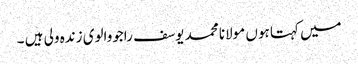
میں کہتا ہوں مولانا محمد یوسف راجووالوی زندہ ولی ہیں ۔